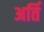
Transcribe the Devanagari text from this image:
अर्ति